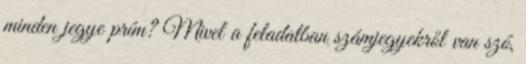
minden jegye prím? Mivel a feladatban számjegyekről van szó,